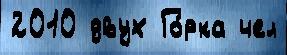
2010 двух Го́рка чел